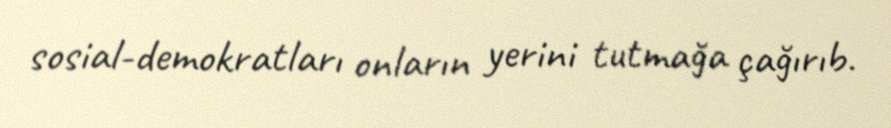
sosial-demokratları onların yerini tutmağa çağırıb.